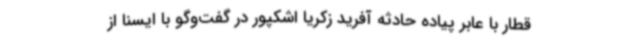
قطار با عابر پیاده حادثه آفرید زکریا اشکپور در گفت‌وگو با ایسنا از